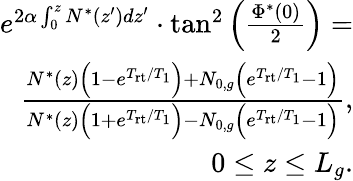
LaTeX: \begin{array}{r}{e^{2\alpha\int_{0}^{z}N^{*}(z^{\prime})dz^{\prime}}\cdot\tan^{2}\Big(\frac{\Phi^{*}(0)}{2}\Big)=}\\ {\frac{N^{*}(z)\Big(1-e^{T_{\mathrm{rt}}/T_{1}}\Big)+N_{0,g}\Big(e^{T_{\mathrm{rt}}/T_{1}}-1\Big)}{N^{*}(z)\Big(1+e^{T_{\mathrm{rt}}/T_{1}}\Big)-N_{0,g}\Big(e^{T_{\mathrm{rt}}/T_{1}}-1\Big)},}\\ {0\le z\le L_{g}.}\end{array}